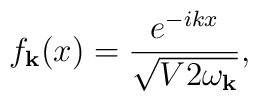
f_{{\bf k}}(x)=\frac{e^{-ikx}}{\sqrt{V2\omega_{{\bf k}}}}  ,